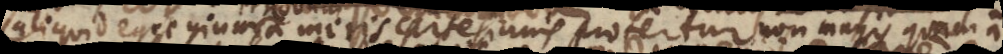
novum a meris Cartesianis profertur, non magis quam a